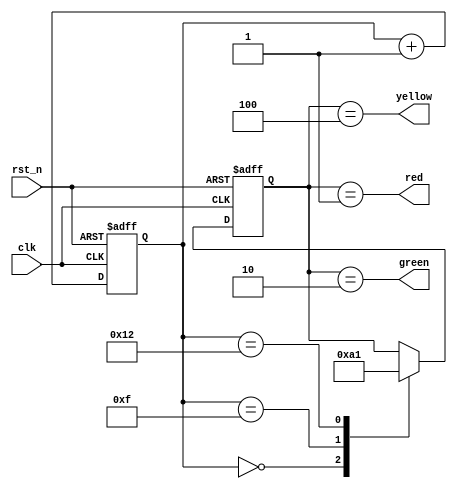
`timescale 1s/1s

module led (
    input   clk,
    input   rst_n,
    output  red,
    output  green,
    output  yellow
    );

reg[4:0] cnt;

always@(posedge clk or negedge rst_n) 
begin
    if (!rst_n) begin
        cnt <= 8'h00;
    end else begin
        cnt <= cnt + 1'b1;
    end
end

parameter ST_IDLE = 3'b000;
parameter ST_R    = 3'b001;
parameter ST_G    = 3'b010;
parameter ST_Y    = 3'b100;
reg[2:0]  status;

always@(posedge clk or negedge rst_n) 
begin
    if (!rst_n) begin
        status <= ST_IDLE;
    end else begin
        case (cnt)
        8'd00: begin status <= ST_G; end
        8'd15: begin status <= ST_Y; end
        8'd18: begin status <= ST_R; end
        endcase
    end
end

assign red    = (status==ST_R);
assign green  = (status==ST_G);
assign yellow = (status==ST_Y);

endmodule